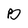
Character: B